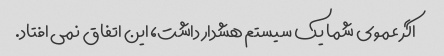
اگر عموی شما یک سیستم هشدار داشت، این اتفاق نمی افتاد.